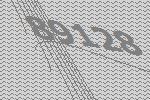
89128